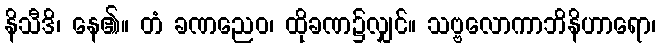
နိသီဒိ၊ နေ၏။ တံ ခဏညေဝ၊ ထိုခဏ၌လျှင်။ သဗ္ဗလောကာဘိနိဟာရော၊